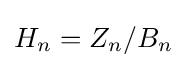
H_{n}=Z_{n}/B_{n}